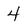
Character: 4